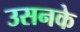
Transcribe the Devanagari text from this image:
उसनके